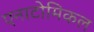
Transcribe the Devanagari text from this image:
एनाटोमिकल